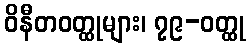
ဝိနီတဝတ္ထုများ၊ ၇၉-ဝတ္ထု